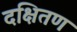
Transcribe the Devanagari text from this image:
दक्षितण